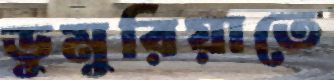
ডুমুরিয়াতে